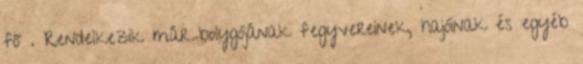
fő . Rendelkezik már bolygójának fegyvereinek, hajóinak és egyéb